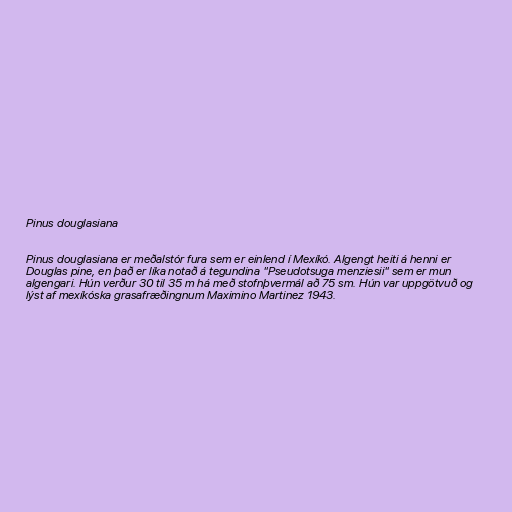
Pinus douglasiana

Pinus douglasiana er meðalstór fura sem er einlend í Mexíkó. Algengt heiti á henni er
Douglas pine, en það er líka notað á tegundina "Pseudotsuga menziesii" sem er mun
algengari. Hún verður 30 til 35 m há með stofnþvermál að 75 sm. Hún var uppgötvuð og
lýst af mexíkóska grasafræðingnum Maximino Martinez 1943.